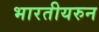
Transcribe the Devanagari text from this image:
भारतीयरुन